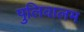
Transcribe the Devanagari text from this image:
पुलिवालम